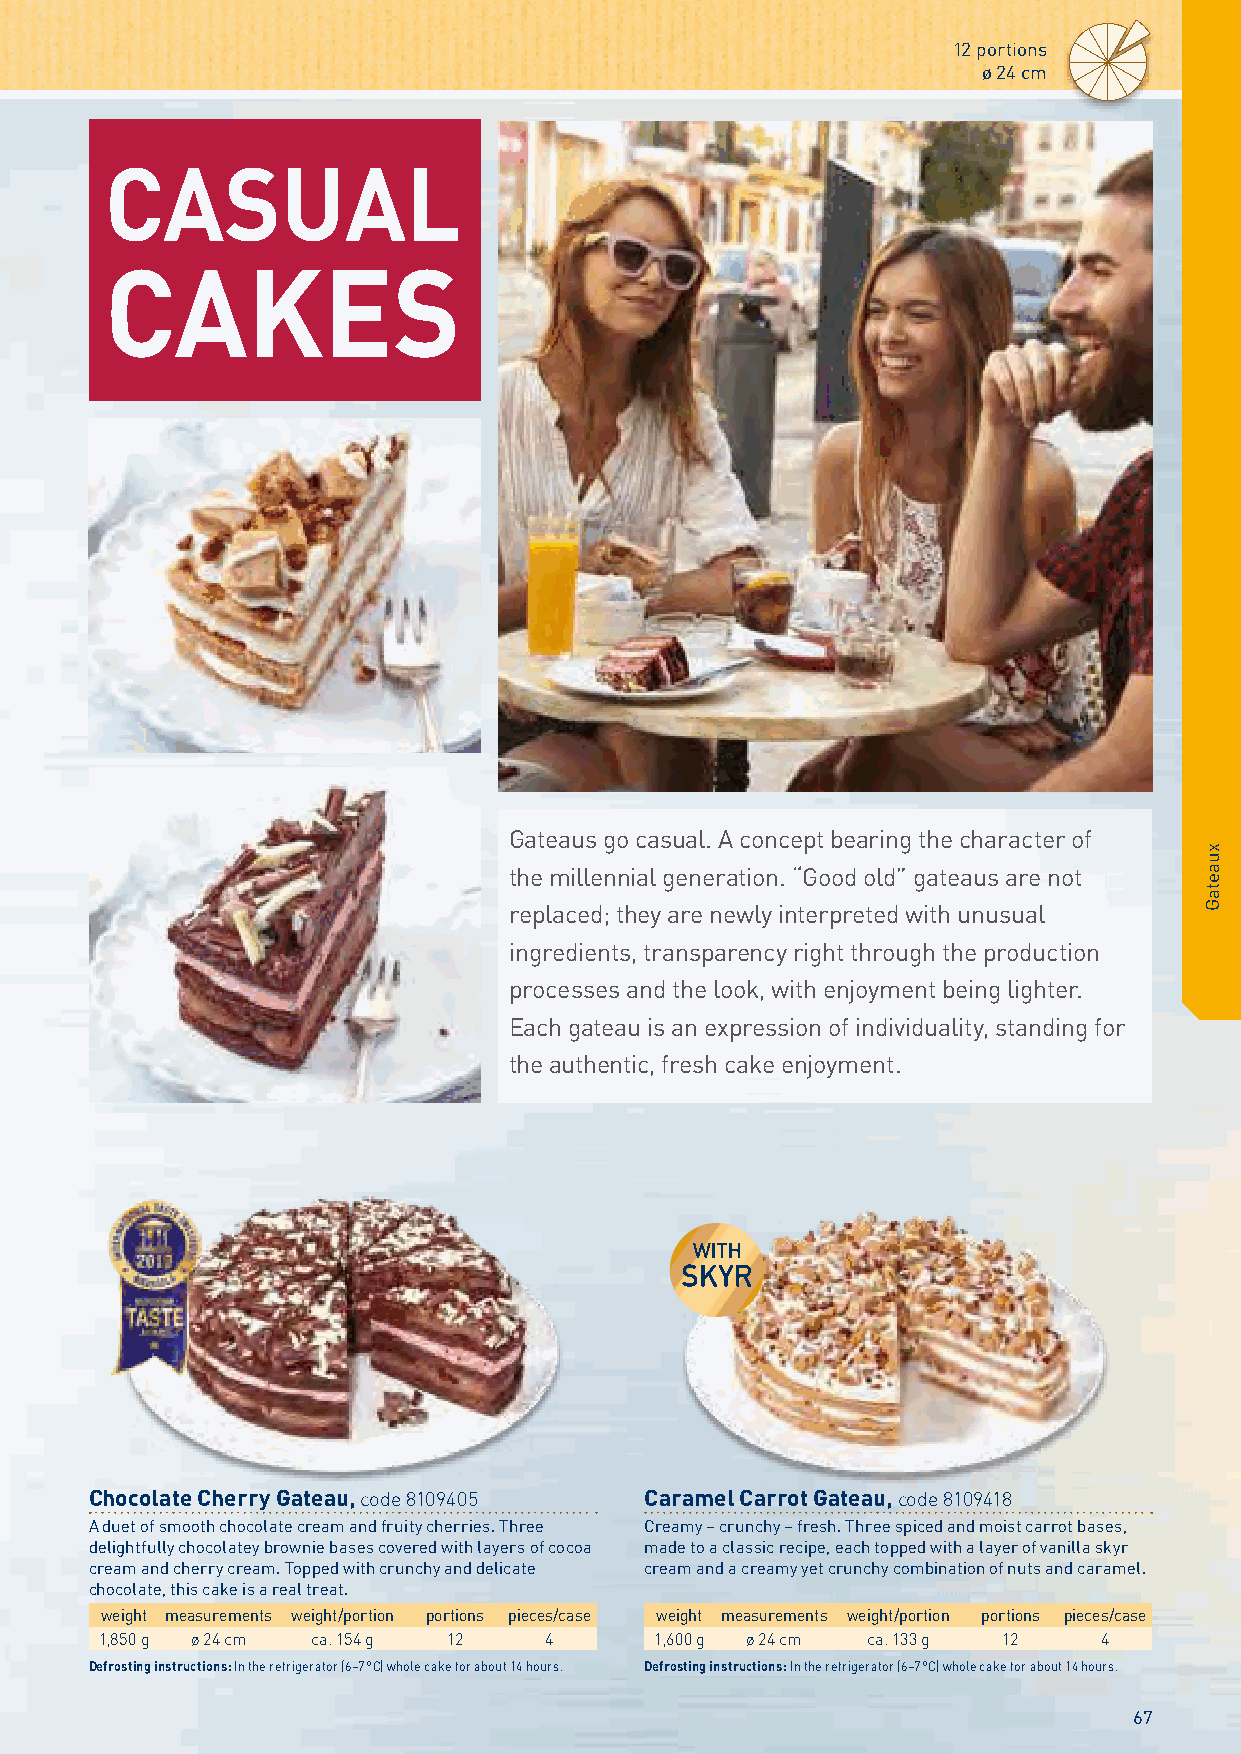
12 portions
 ø 24 cm
 CASUAL
 CAKES
 Description Black Forest Flaky Cream Cream Cheese Chocolate “4 Layers” “4 Layers” “Tout au Chocolate
 Gateau Gateau Gateau Crunch Cake Carrot Cake Chocolate Chocolat“ Dome
 Cake Chocolate
 Gateau
 Ø 24 cm
 12 portions
 8106772 8107369 8106778 8108463 8105287 8105286 8108192
 n pre-cut
 Ø 25.5 cm
 12 portions
 8104702
 n pre-cut
 Ø 28 cm
 Gateaus go casual. A concept bearing the character of
 uncut 8108178 8104361
 the millennial generation. “Good old” gateaus are not
 replaced; they are newly interpreted with unusual
 ingredients, transparency right through the production
 processes and the look, with enjoyment being lighter.
 Each gateau is an expression of individuality, standing for
 the authentic, fresh cake enjoyment.
 Description Chocolate Hazelnut Tiramisu- Cherry and Marzipan
 Cream Duo Cream Gateau Strawberry Cream Cheese Gateau
 Gateau Dream
 Ø 28 cm
 uncut 8109282 8108204 8107364 8100455 8108197
 Chocolate Cherry Gateau, code 8109405 Caramel Carrot Gateau, code 8109418
 A duet of smooth chocolate cream and fruity cherries. Three Creamy – crunchy – fresh. Three spiced and moist carrot bases,
 delightfully chocolatey brownie bases covered with layers of cocoa made to a classic recipe, each topped with a layer of vanilla skyr
 cream and cherry cream. Topped with crunchy and delicate cream and a creamy yet crunchy combination of nuts and caramel.
 chocolate, this cake is a real treat.
 weight measurements weight/portion portions pieces/case weight measurements weight/portion portions pieces/case
 1,850 g ø 24 cm ca. 154 g 12 4      1,600 g ø 24 cm ca. 133 g 12  4
 Defrosting instructions: In the refrigerator (6–7 °C) whole cake for about 14 hours. Defrosting instructions: In the refrigerator (6–7 °C) whole cake for about 14 hours.
 67
 xuaetaG